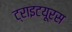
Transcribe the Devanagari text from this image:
ट्राइटयूरस